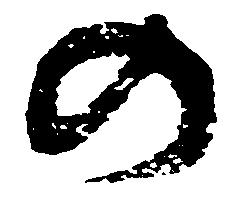
の